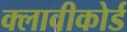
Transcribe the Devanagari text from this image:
क्लावीकोर्ड